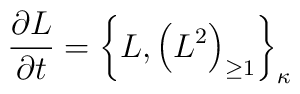
{\partial L\over \partial t} = \left\{L, \left(L^{2}\right)_{\geq1}\right\}_{\kappa}